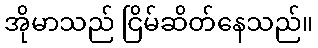
အိုမာသည် ငြိမ်ဆိတ်နေသည်။